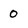
Character: 0